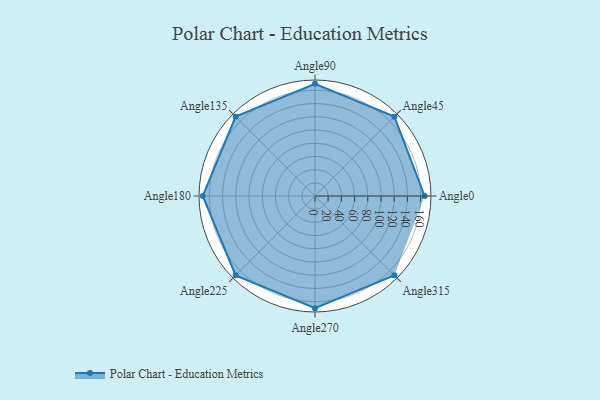
{"axis": {"x": "Angle", "y": "Radius"}, "legend": [""], "data": [{"x": "Angle0", "y": 166.0, "type": ""}, {"x": "Angle45", "y": 170, "type": ""}, {"x": "Angle90", "y": 170, "type": ""}, {"x": "Angle135", "y": 170, "type": ""}, {"x": "Angle180", "y": 170, "type": ""}, {"x": "Angle225", "y": 170, "type": ""}, {"x": "Angle270", "y": 170, "type": ""}, {"x": "Angle315", "y": 170, "type": ""}]}